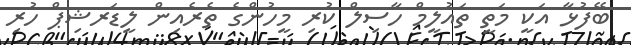
ބޭފުޅާ އަކީ މަތީ ތައުލީމް ހާސިލް ކުރި މީހުންގެ ތެރެއިން ލީޑަރޝިޕް ހުރި